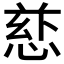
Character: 𪬄